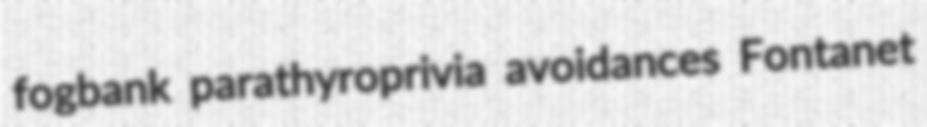
fogbank parathyroprivia avoidances Fontanet